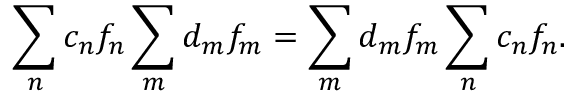
\sum _ { n } c _ { n } f _ { n } \* \sum _ { m } d _ { m } f _ { m } = \sum _ { m } d _ { m } f _ { m } \* \sum _ { n } c _ { n } f _ { n } .